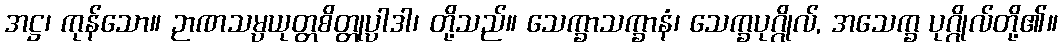
အဋ္ဌ၊ ကုန်သော။ ဉာဏသမ္ပယုတ္တစိတ္တုပ္ပါဒါ၊ တို့သည်။ သေက္ခာသက္ခာနံ၊ သေက္ခပုဂ္ဂိုလ်, အသေက္ခ ပုဂ္ဂိုလ်တို့၏။